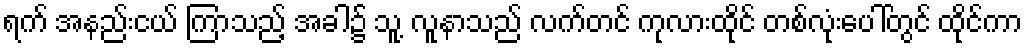
ရက် အနည်းငယ် ကြာသည့် အခါ၌ သူ့ လူနာသည် လက်တင် ကုလားထိုင် တစ်လုံးပေါ်တွင် ထိုင်ကာ